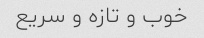
خوب و تازه و سریع